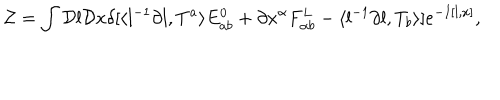
{ \cal Z } = \int { \cal D } l { \cal D } x \delta [ \langle l ^ { - 1 } \partial l , T ^ { a } \rangle E _ { a b } ^ { 0 } + \partial x ^ { \alpha } F _ { \alpha b } ^ { L } - \langle l ^ { - 1 } \partial l , T _ { b } \rangle ] e ^ { - I [ l , x ] } ,